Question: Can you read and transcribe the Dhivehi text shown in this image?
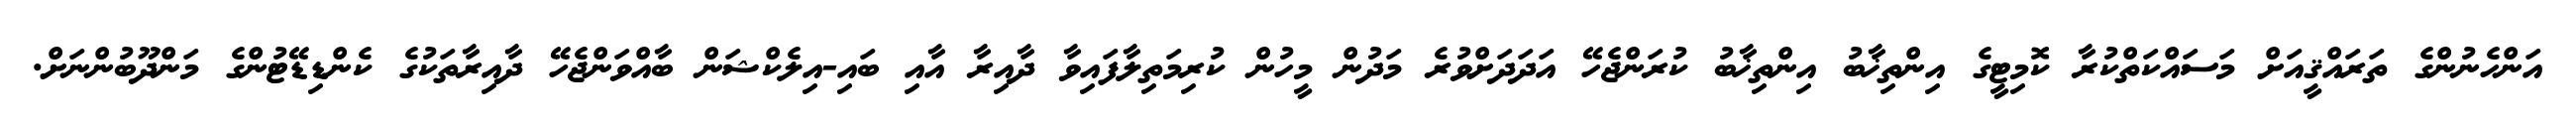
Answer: އަންހެނުންގެ ތަރައްޤީއަށް މަސައްކަތްކުރާ ކޮމިޓީގެ އިންތިޚާބު އިންތިޚާބު ކުރަންޖެހޭ އަދަދަށްވުރެ މަދުން މީހުން ކުރިމަތިލާފައިވާ ދާއިރާ އާއި ބައި-އިލެކްޝަން ބާއްވަންޖެހޭ ދާއިރާތަކުގެ ކެންޑިޑޭޓުންގެ މަންދޫބުންނަށް.